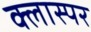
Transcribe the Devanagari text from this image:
क्लास्पर